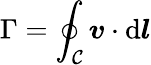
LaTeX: \Gamma=\oint_{\mathcal{C}}\boldsymbol{v}\cdot\mathrm{d}\boldsymbol{l}